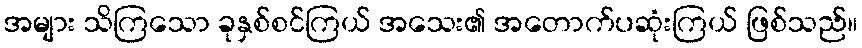
အများ သိကြသော ခုနှစ်စင်ကြယ် အသေး၏ အတောက်ပဆုံးကြယ် ဖြစ်သည်။